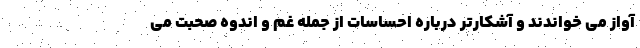
آواز می خواندند و آشکارتر درباره احساسات از جمله غم و اندوه صحبت می